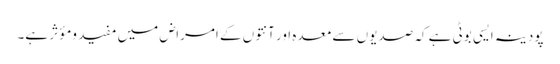
پودینہ ایسی بوٹی ہے کہ صدیوں سے معدہ اور آنتوں کے امراض میں مفید ومؤثر ہے۔